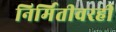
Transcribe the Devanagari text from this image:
निर्मितीवरही